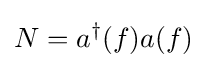
N=a^{\dagger }(f)a(f)